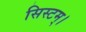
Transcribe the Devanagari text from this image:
सिस्टम्।